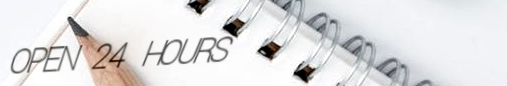
OPEN 24 HOURS